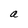
Character: a